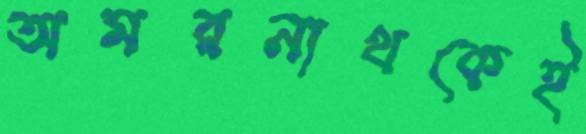
অমরনাথকেই